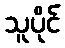
သူပိုင်